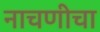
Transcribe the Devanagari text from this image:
नाचणीचा